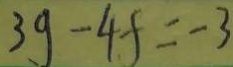
3 g - 4 f = - 3